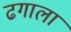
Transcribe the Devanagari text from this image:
ढगाला